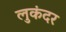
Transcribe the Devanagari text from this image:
लुकंदर